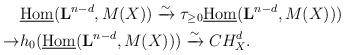
LaTeX: \begin{align*}&\underline{\rm Hom}({\bf L}^{n-d},M(X))\xrightarrow{\sim}\tau_{\geq 0}\underline{\rm Hom}({\bf L}^{n-d},M(X)))\\\to &h_0(\underline{\rm Hom}({\bf L}^{n-d},M(X)))\xrightarrow{\sim}CH_{X}^d.\end{align*}